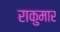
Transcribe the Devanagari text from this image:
राकुमार